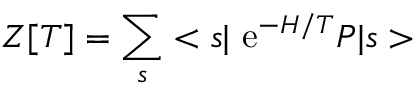
Z [ T ] = \sum _ { s } < s \vert \mathrm { ~ e } ^ { - H / T } { \cal P } \vert s >